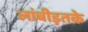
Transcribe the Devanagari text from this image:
लांबीइतके